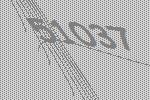
51037